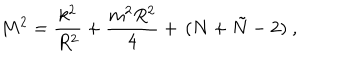
M ^ { 2 } = \frac { k ^ { 2 } } { R ^ { 2 } } + \frac { m ^ { 2 } R ^ { 2 } } { 4 } + \, ( N + \tilde { N } - 2 ) \ ,